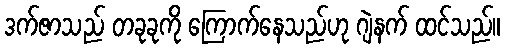
ဒက်ဇာသည် တခုခုကို ကြောက်နေသည်ဟု ဂျဲနက် ထင်သည်။